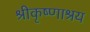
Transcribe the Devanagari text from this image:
श्रीकृष्णाश्रय